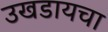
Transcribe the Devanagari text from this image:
उखडायचा